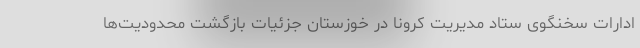
ادارات سخنگوی ستاد مدیریت کرونا در خوزستان جزئیات بازگشت محدودیت‌ها